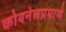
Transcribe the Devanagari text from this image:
कोयनेलप्रमाणे